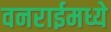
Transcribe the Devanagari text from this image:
वनराईमध्ये